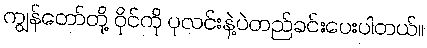
ကျွန်တော်တို့ ဝိုင်ကို ပုလင်းနဲ့ပဲတည်ခင်းပေးပါတယ်။